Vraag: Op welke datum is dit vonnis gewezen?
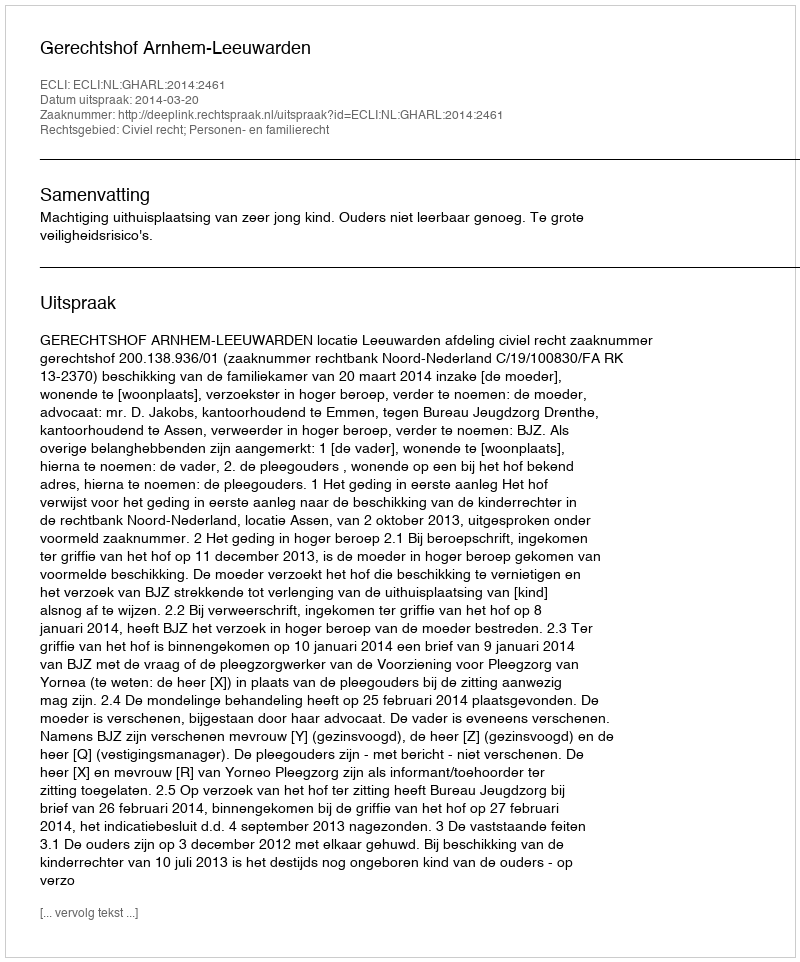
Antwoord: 2014-03-20